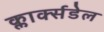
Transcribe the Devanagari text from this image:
क्लार्क्सडेल